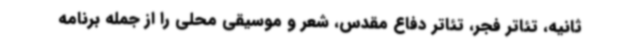
ثانیه، تئاتر فجر، تئاتر دفاع مقدس، شعر و موسیقی محلی را از جمله برنامه